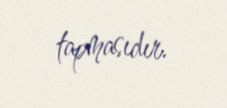
tapmasıdır.